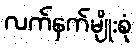
လက်နက်မျိုးစုံ